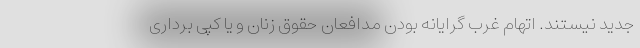
جدید نیستند. اتهام غرب گرایانه بودن مدافعان حقوق زنان و یا کپی برداری